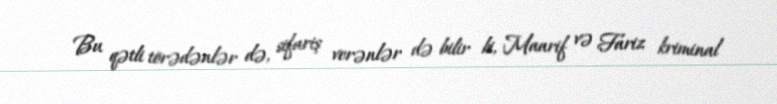
Bu qətli törədənlər də, sifariş verənlər də bilir ki, Maarif və Fariz kriminal